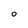
Character: o